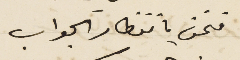
فنحن بانتظار الجواب